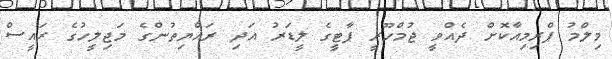
މިލްމު ޕްރިމިއާކޮށް ދެއްވީ ޖުމްހޫރީ ޕާޓީގެ ލީޑަރު އަދި ރައްޔިތުންގެ މަޖިލީހުގެ ރައީސް